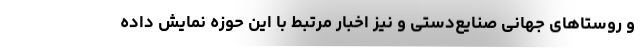
و روستاهای جهانی صنایع‌دستی و نیز اخبار مرتبط با این حوزه نمایش داده